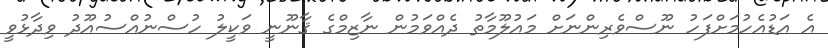
އެ އަޑުއެހުމަށްފަހު ނޫސްވެރިންނަށް މައުލޫމާތު ދެއްވަމުން ނާޒިމްގެ ޤާނޫނީ ވަކީލު ހުސްނުއްސުއޫދު ވިދާޅުވީ